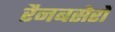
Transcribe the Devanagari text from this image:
रैनबसेरों